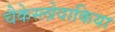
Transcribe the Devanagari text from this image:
चैकेस्लोवाकिया